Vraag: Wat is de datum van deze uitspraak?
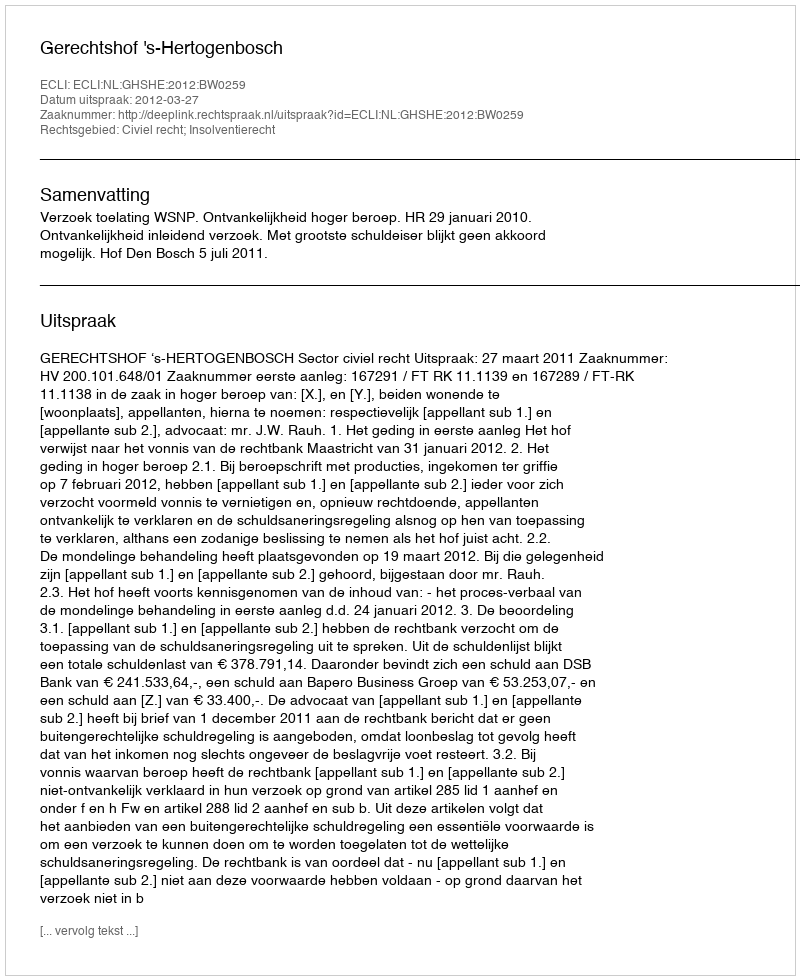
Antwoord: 2012-03-27